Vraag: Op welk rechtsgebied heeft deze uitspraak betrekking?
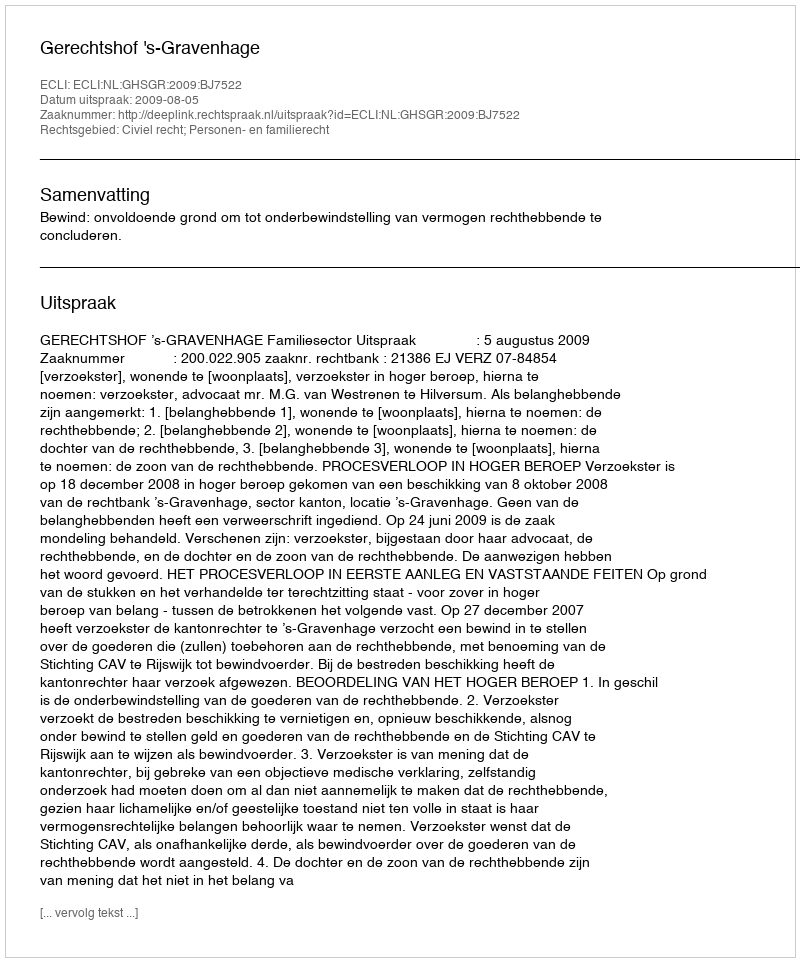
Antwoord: Civiel recht; Personen- en familierecht